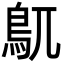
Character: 𮬦